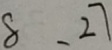
8 , 2 7